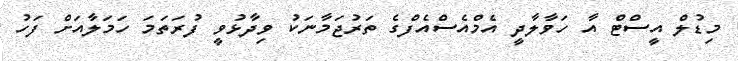
މިޑުލް އީސްޓް އާ ހަވާލާދީ އެމްއެސްއެފްގެ ތަރުޖަމާނަކު ވިދާޅުވީ ފުރަތަމަ ހަމަލާއަށް ފަހު